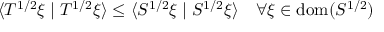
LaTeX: \langle T ^ { 1 / 2 } \xi \mid T ^ { 1 / 2 } \xi \rangle \leq \langle S ^ { 1 / 2 } \xi \mid S ^ { 1 / 2 } \xi \rangle \quad \forall \xi \in \operatorname { d o m } ( S ^ { 1 / 2 } )